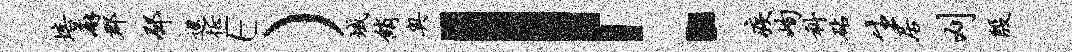
培廨郡邳巡徵E）域绡奥！疾峋科砧生居刈殷